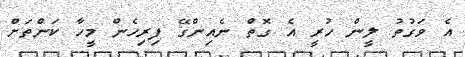
އެ ވަގުތު ލީން ހުރީ އެ ގޮތް ނެއިންގޭ ފިރިހެން މީހާ ކަންތަށް